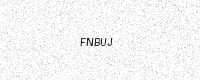
Text: FNBUJ